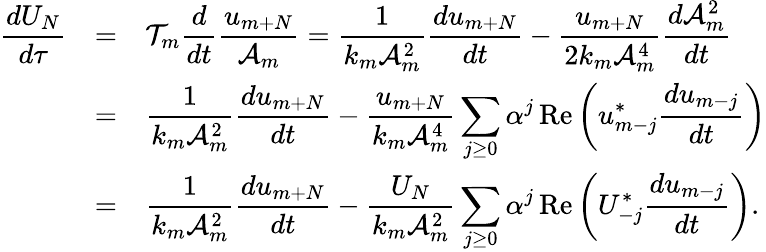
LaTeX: \begin{array}{rcl}{\displaystyle\frac{dU_{N}}{d\tau}}&{=}&{\displaystyle\mathcal{T}_{m}\frac{d}{dt}\frac{u_{m+N}}{\mathcal{A}_{m}}=\frac{1}{k_{m}\mathcal{A}_{m}^{2}}\frac{du_{m+N}}{dt}-\frac{u_{m+N}}{2k_{m}\mathcal{A}_{m}^{4}}\frac{d\mathcal{A}_{m}^{2}}{dt}}\\ &{=}&{\displaystyle\frac{1}{k_{m}\mathcal{A}_{m}^{2}}\frac{du_{m+N}}{dt}-\frac{u_{m+N}}{k_{m}\mathcal{A}_{m}^{4}}\sum_{j\ge 0}\alpha^{j}\, \mathrm{Re}\left(u_{m-j}^{*}\frac{du_{m-j}}{dt}\right)}\\ &{=}&{\displaystyle\frac{1}{k_{m}\mathcal{A}_{m}^{2}}\frac{du_{m+N}}{dt}-\frac{U_{N}}{k_{m}\mathcal{A}_{m}^{2}}\sum_{j\ge 0}\alpha^{j}\, \mathrm{Re}\left(U_{-j}^{*}\frac{du_{m-j}}{dt}\right).}\end{array}